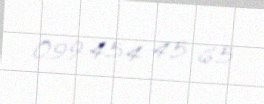
099 454 45 65